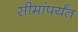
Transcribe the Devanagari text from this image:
सीमांपर्यंत